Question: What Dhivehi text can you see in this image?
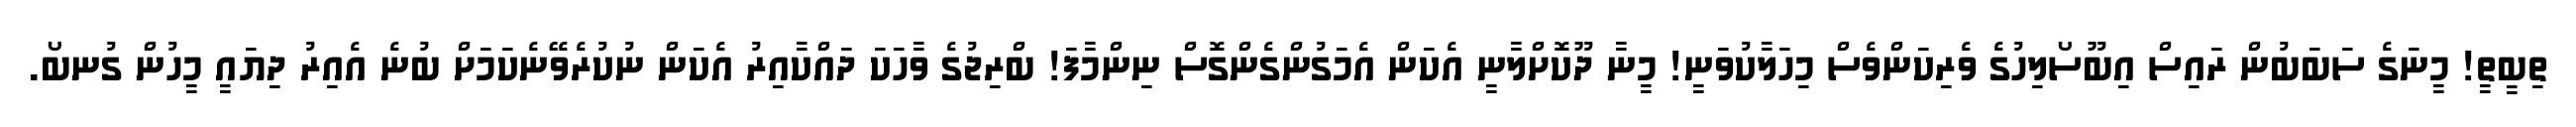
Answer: ތިބީތީ! މީނަގެ ސަބަބުން ރައިސް އިބޫސޯލިހުގެ ވެރިކަންވެސް މިހަލާކުވަނީ! މީނާ ދޫކޮށްލާނީ އެކަން އެމަގުންގެންގޮސް ނިންމާފަ! ބްރިޖުގެ ވާހަކަ ދައްކާއިރު އެކަން ނުކުރެވޭނެކަމަށް ބުނެ އެއިރު ދިޔައީ މީހުން ގުނބޯ.